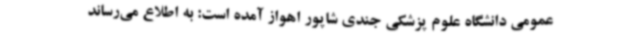
عمومی دانشگاه علوم پزشکی جندی شاپور اهواز آمده است: به اطلاع می‌رساند